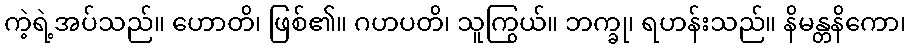
ကဲ့ရဲ့အပ်သည်။ ဟောတိ၊ ဖြစ်၏။ ဂဟပတိ၊ သူကြွယ်။ ဘက္ခု၊ ရဟန်းသည်။ နိမန္တနိကော၊